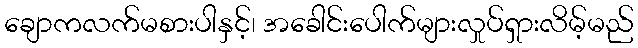
ချောကလက်မစားပါနှင့်၊ အခေါင်းပေါက်များလှုပ်ရှားလိမ့်မည်